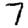
Digit: 7